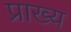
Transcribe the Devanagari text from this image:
प्राख्य